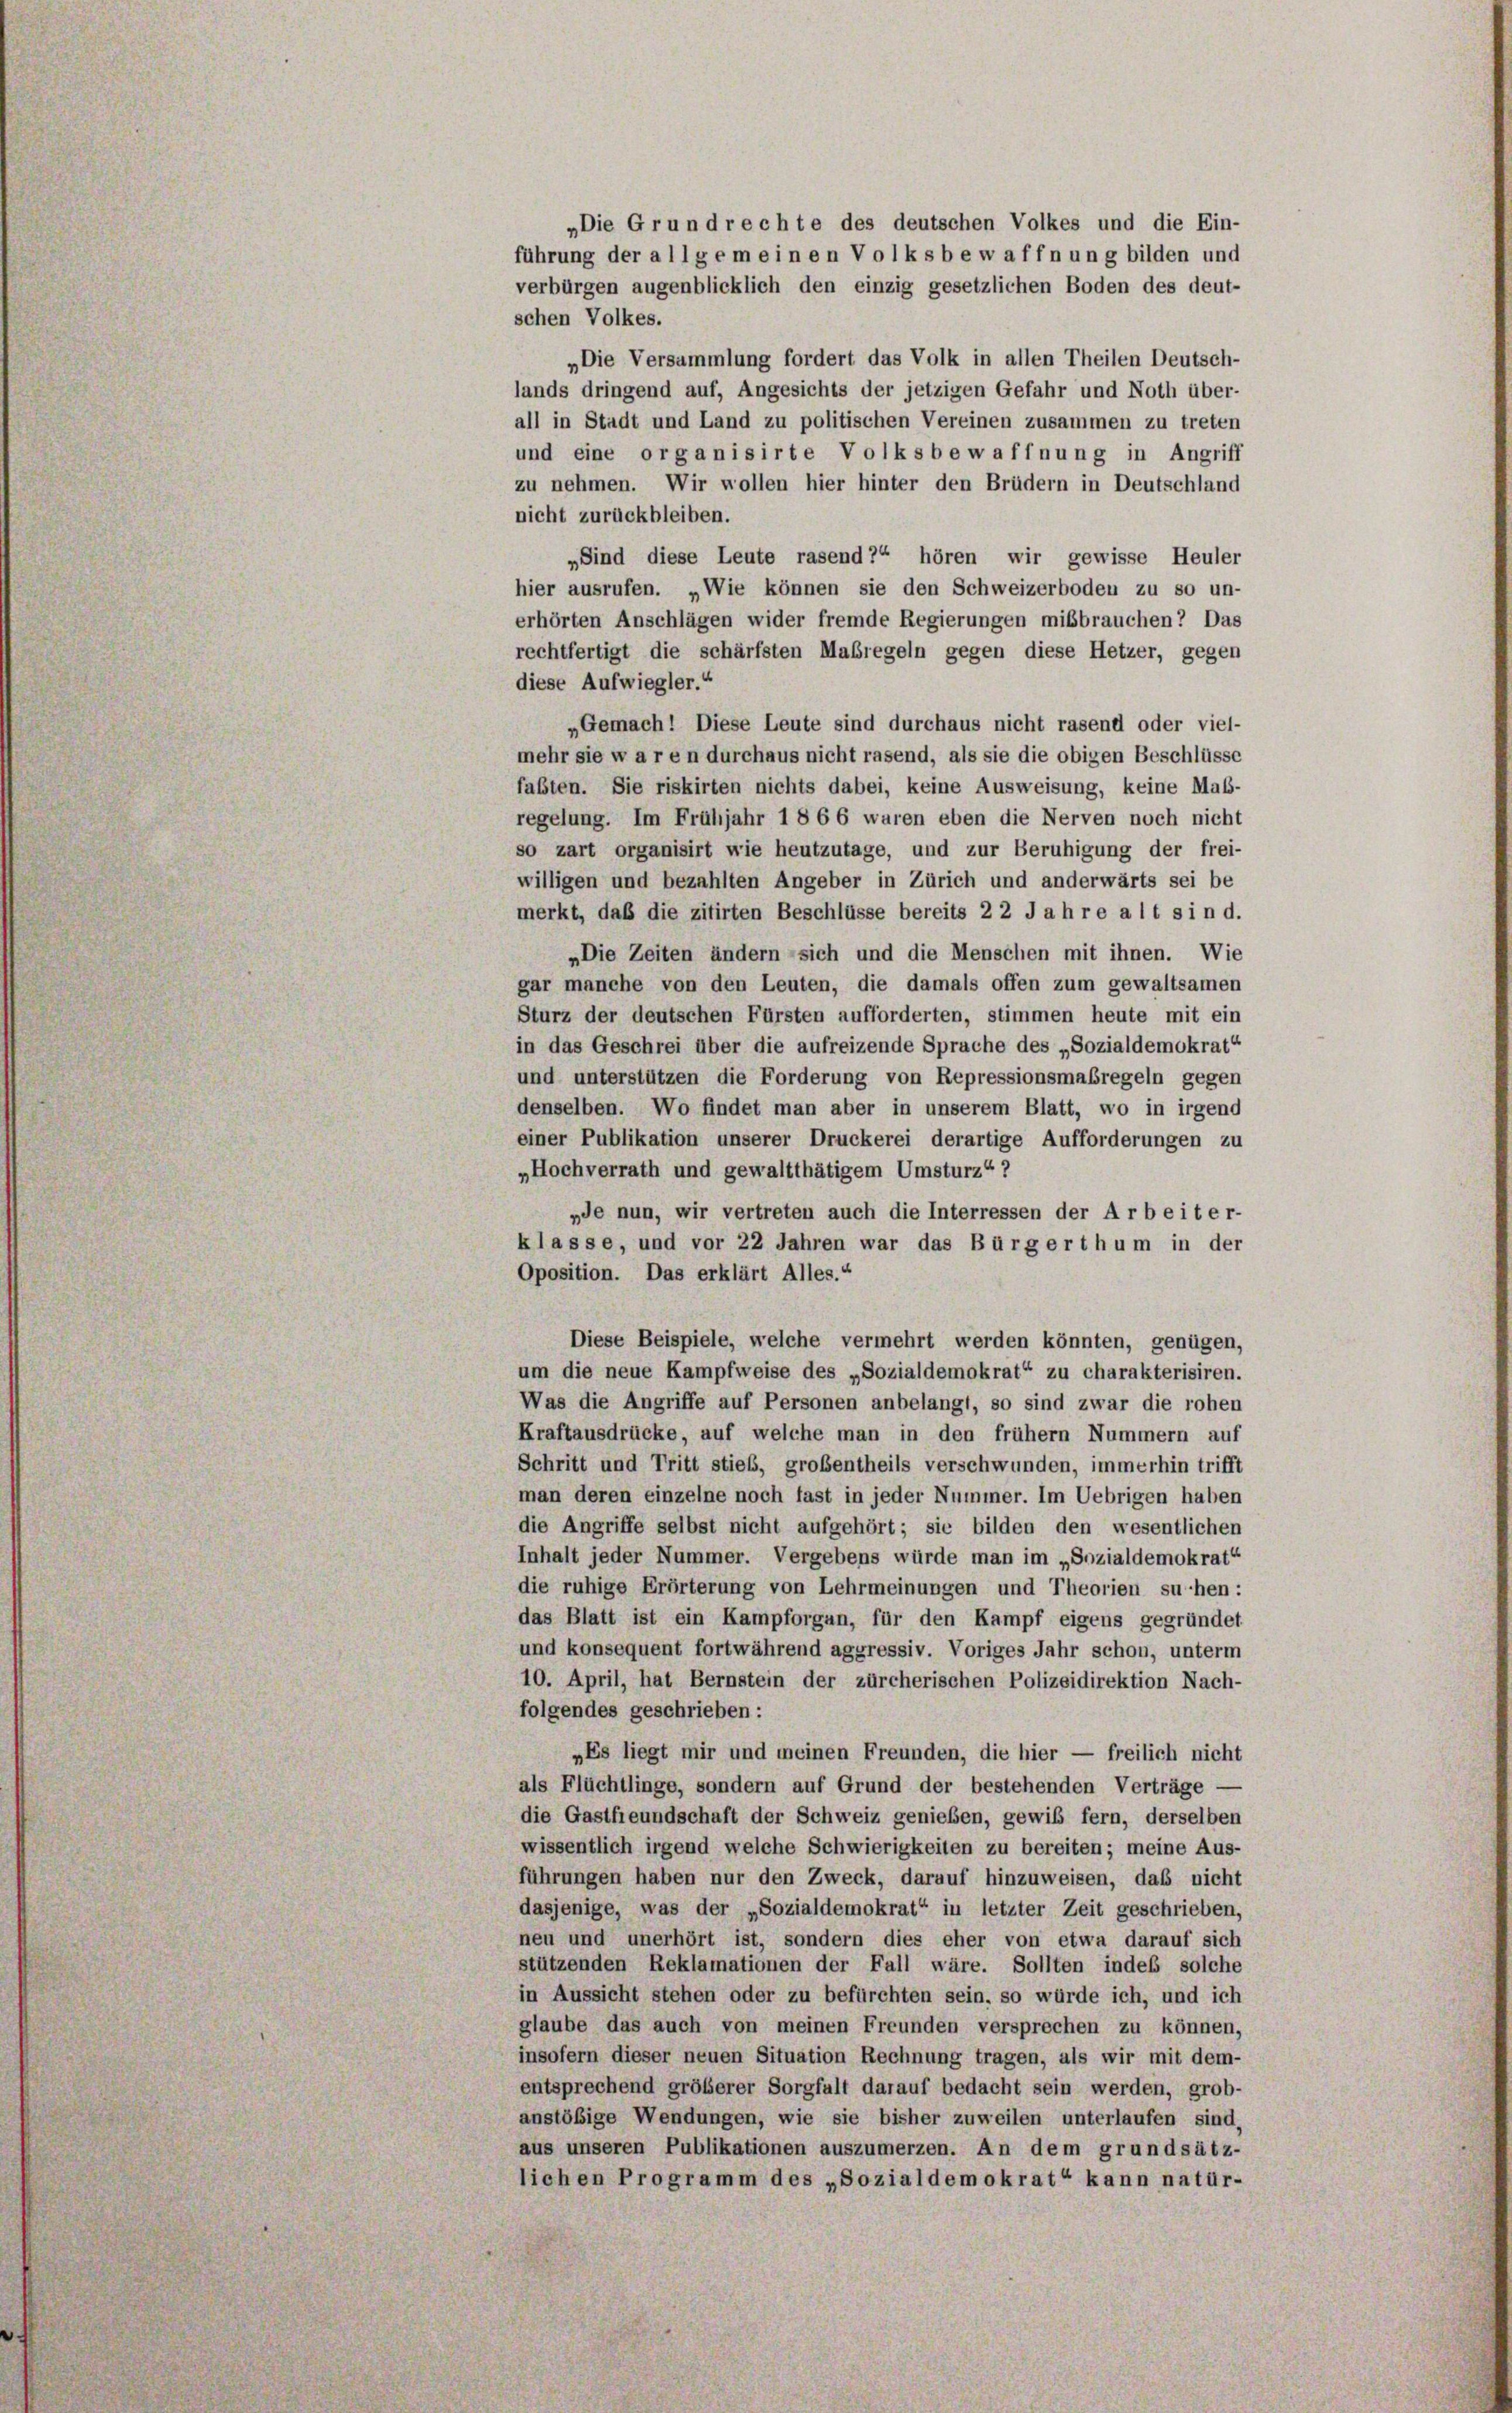
„Die Grundrechte des deutschen Volkes und die Ein-
führung der allgemeinen Volksbewaffnung bilden und
verbürgen augenblicklich den einzig gesetzlichen Boden des deut-

schen Volkes.
„Die Versammlung fordert das Volk in allen Theilen Deutsch-
lands dringend auf, Angesichts der jetzigen Gefahr und Noth über-
all in Stadt und Land zu politischen Vereinen zusammen zu treten
und eine organisirte Volksbewaffnung in Angriff
zu nehmen. Wir wollen hier hinter den Brüdern in Deutschland
nicht zurückbleiben.
„Sind diese Leute rasend“ hören wir gewisse Heuler
hier ausrufen. „Wie können sie den Schweizerboden zu so un-
erhörten Anschlägen wider fremde Regierungen mißbrauchen? Das
rechtfertigt die schärfsten Maßregeln gegen diese Hetzer, gegen
diese Aufwiegler.“
Gemach! Diese Leute sind durchaus nicht rasend oder viel-
mehr sie w a r e n durchaus nicht rasend, als sie die obigen Beschlüsse
faßten. Sie riskirten nichts dabei, keine Ausweisung, keine Maß-
regelung. Im Frühjahr 1866 waren eben die Nerven noch nicht
so zart organisirt wie heutzutage, und zur Beruhigung der frei-
willigen und bezahlten Angeber in Zürich und anderwärts sei be
merkt, daß die zitirten Beschlüsse bereits 2 2 Jahre alt sind.
„Die Zeiten ändern sich und die Menschen mit ihnen. Wie
gar manche von den Leuten, die damals offen zum gewaltsamen
Sturz der deutschen Fürsten aufforderten, stimmen heute mit ein
in das Geschrei über die aufreizende Sprache des „Sozialdemokrat“
und unterstützen die Forderung von Repressionsmaßregeln gegen
denselben. Wo findet man aber in unserem Blatt, wo in irgend
einer Publikation unserer Druckerei derartige Aufforderungen zu
„Hochverrath und gewaltthätigem Umsturz“ 7
„de nun, wir vertreten auch die Interressen der Arbeit er-
klasse, und vor 22 Jahren war das Bürgerthum in der
Oposition. Das erklärt Alles.“
Diese Beispiele, welche vermehrt werden könnten, genügen,
um die neue Kampfweise des „Sozialdemokrat“ zu charakterisiren.
Was die Angriffe auf Personen anbelangt, so sind zwar die rohen
Kraftausdrücke, auf welche man in den frühem Nummern auf
Schritt und Tritt stieß, großentheils verschwunden, immerhin trifft
man deren einzelne noch fast in jeder Nummer. Im Uebrigen haben
die Angriffe selbst nicht aufgehört; sie bilden den wesentlichen
Inhalt jeder Nummer. Vergebens würde man im „Sozialdemokrat“
die ruhige Erörterung von Lehrmeinungen und Theorien suchen:
das Blatt ist ein Kampforgan, für den Kampf eigens gegründet
und konsequent fortwährend aggressiv. Voriges Jahr schon, unterm
10. April, hat Bernstein der zürcherischen Polizeidirektion Nach-
folgendes geschrieben:
„Es liegt mir und meinen Freunden, die hier — freilich nicht
als Flüchtlinge, sondern auf Grund der bestehenden Verträge —
die Gastfreundschaft der Schweiz genießen, gewiß fern, derselben
wissentlich irgend welche Schwierigkeiten zu bereiten; meine Aus-
führungen haben nur den Zweck, darauf hinzuweisen, das nicht
dasjenige, was der „Sozialdemokrat“ in letzter Zeit geschrieben,
neu und unerhört ist, sondern dies eher von etwa darauf sich
stützenden Reklamationen der Fall wäre. Sollten indes solche
in Aussicht stehen oder zu befürchten sein, so würde ich, und ich
glaube das auch von meinen Freunden versprechen zu können,
insofern dieser neuen Situation Rechnung tragen, als wir mit dem-
entsprechend größerer Sorgfalt darauf bedacht sein werden, grob-
anstößige Wendungen, wie sie bisher zuweilen unterlaufen sind,
aus unseren Publikationen auszumerzen. An dem grundsätz-
lichen Programm des „Sozialdemokrat“ kann natür-